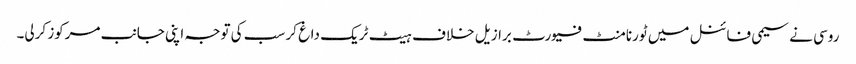
روسی نے سیمی فائنل میں ٹورنامنٹ فیورٹ برازیل خلاف ہیٹ ٹریک داغ کر سب کی توجہ اپنی جانب مرکوز کرلی۔